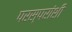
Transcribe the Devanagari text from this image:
परस्‍परांशी